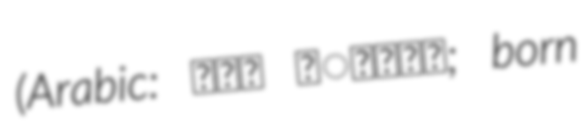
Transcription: (Arabic: قيس غُضبان; born